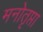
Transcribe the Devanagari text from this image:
मनोतृप्ता